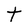
Character: t